Indian journal of veterinary science and animal husbandry - Volume 2,
Year: 1932
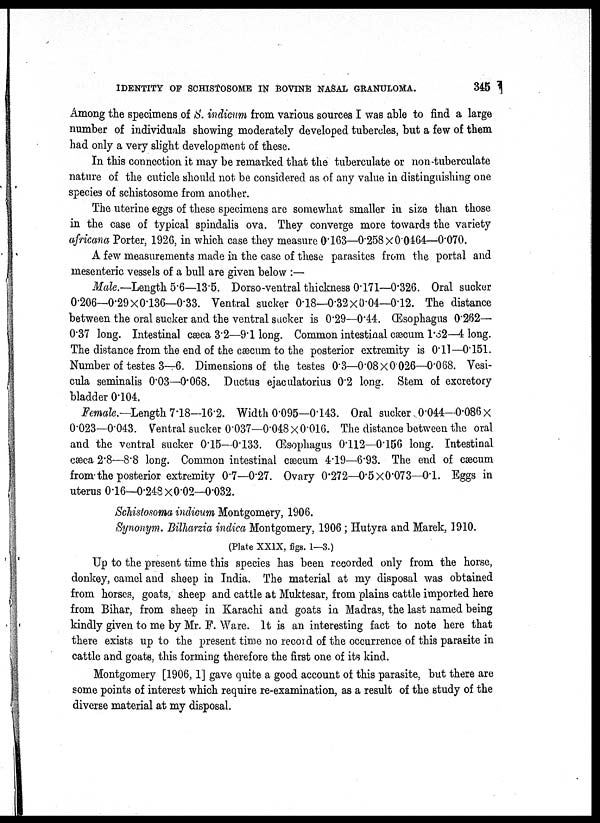
IDENTITY OF SCHISTOSOME IN BOVINE NASAL GRANULOMA.
345
Among the specimens of S. indicum from various sources I was able to find a large
number of individuals showing moderately developed tubercles, but a few of them
had only a very slight development of these.
In this connection it may be remarked that the tuberculate or non-tuberculate
nature of the cuticle should not be considered as of any value in distinguishing one
species of schistosome from another.
The uterine eggs of these specimens are somewhat smaller in size than those
in the case of typical spindalis ova. They converge more towards the variety
africana Porter, 1926, in which case they measure 0.163—0.258×0.0464—0.070.
A few measurements made in the case of these parasites from the portal and
mesenteric vessels of a bull are given below :—
Male.—Length 5.6—13.5. Dorso-ventral thickness 0.171—0.326. Oral sucker
0.206—0.29×0.136—0.33. Ventral sucker 0.18—0.32×0.04—0.12. The distance
between the oral sucker and the ventral sucker is 0.29—0.44. Œsophagus 0.262—
0.37 long. Intestinal cæca 3.2—9.1 long. Common intestinal cæcum l.82—4 long.
The distance from the end of the cæcum to the posterior extremity is 0.11—0.151.
Number of testes 3—6. Dimensions of the testes 0.3—0.08×0.026—0.068. Vesi¬
cula seminalis 0.03—0.068. Ductus ejaculatorius 0.2 long. Stem of excretory
bladder 0.104.
Female.—Length 7.18—16.2. Width 0.095—0.143. Oral sucker 0.044—0.086 ×
0.023—0.043. Ventral sucker 0.037—0.048 × 0.016. The distance between the oral
and the ventral sucker 0.15—0.133. Œsophagus 0.112—0.156 long. Intestinal
cæca 2.8—8.8 long. Common intestinal cæcum 4.19—6.93. The end of cæcum
from the posterior extremity 0.7—0.27. Ovary 0.272—0.5×0.073—0.1. Eggs in
uterus 0.16—0.248×0.02—0.032.
Schistosoma indicum Montgomery, 1906.
Synonym. Bilharzia indica Montgomery, 1906 ; Hutyra and Marek, 1910.
(Plate XXIX, figs. 1—3.)
Up to the present time this species has been recorded only from the horse,
donkey, camel and sheep in India. The material at my disposal was obtained
from horses, goats, sheep and cattle at Muktesar, from plains cattle imported here
from Bihar, from sheep in Karachi and goats in Madras, the last named being
kindly given to me by Mr. F. Ware. It is an interesting fact to note here that
there exists up to the present time no record of the occurrence of this parasite in
cattle and goats, this forming therefore the first one of its kind.
Montgomery [1906, 1] gave quite a good account of this parasite, but there are
some points of interest which require re-examination, as a result of the study of the
diverse material at my disposal.